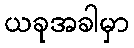
ယခုအခါမှာ